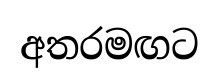
අතරමඟට